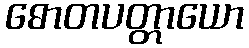
ဓောတပတ္တာယော